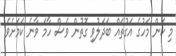
މި ކަން މަހުގެ އަގުތައް ބަދަލުވި ގޮތުން ވެސް ހާމަ ވާނެ ކަމަށެވެ.